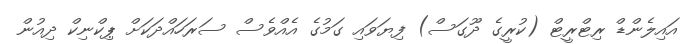
އައިލެންޑް ރިޓްރީޓް (ކުރީގެ ދޫގަސް) ފިޔަވައި ގަމުގެ އެއްވެސް ސަރަހައްދަކަށް ޕިކްނިކް ދިއުން